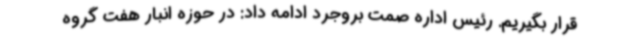
قرار بگیریم. رئیس اداره صمت بروجرد ادامه داد: در حوزه انبار هفت گروه